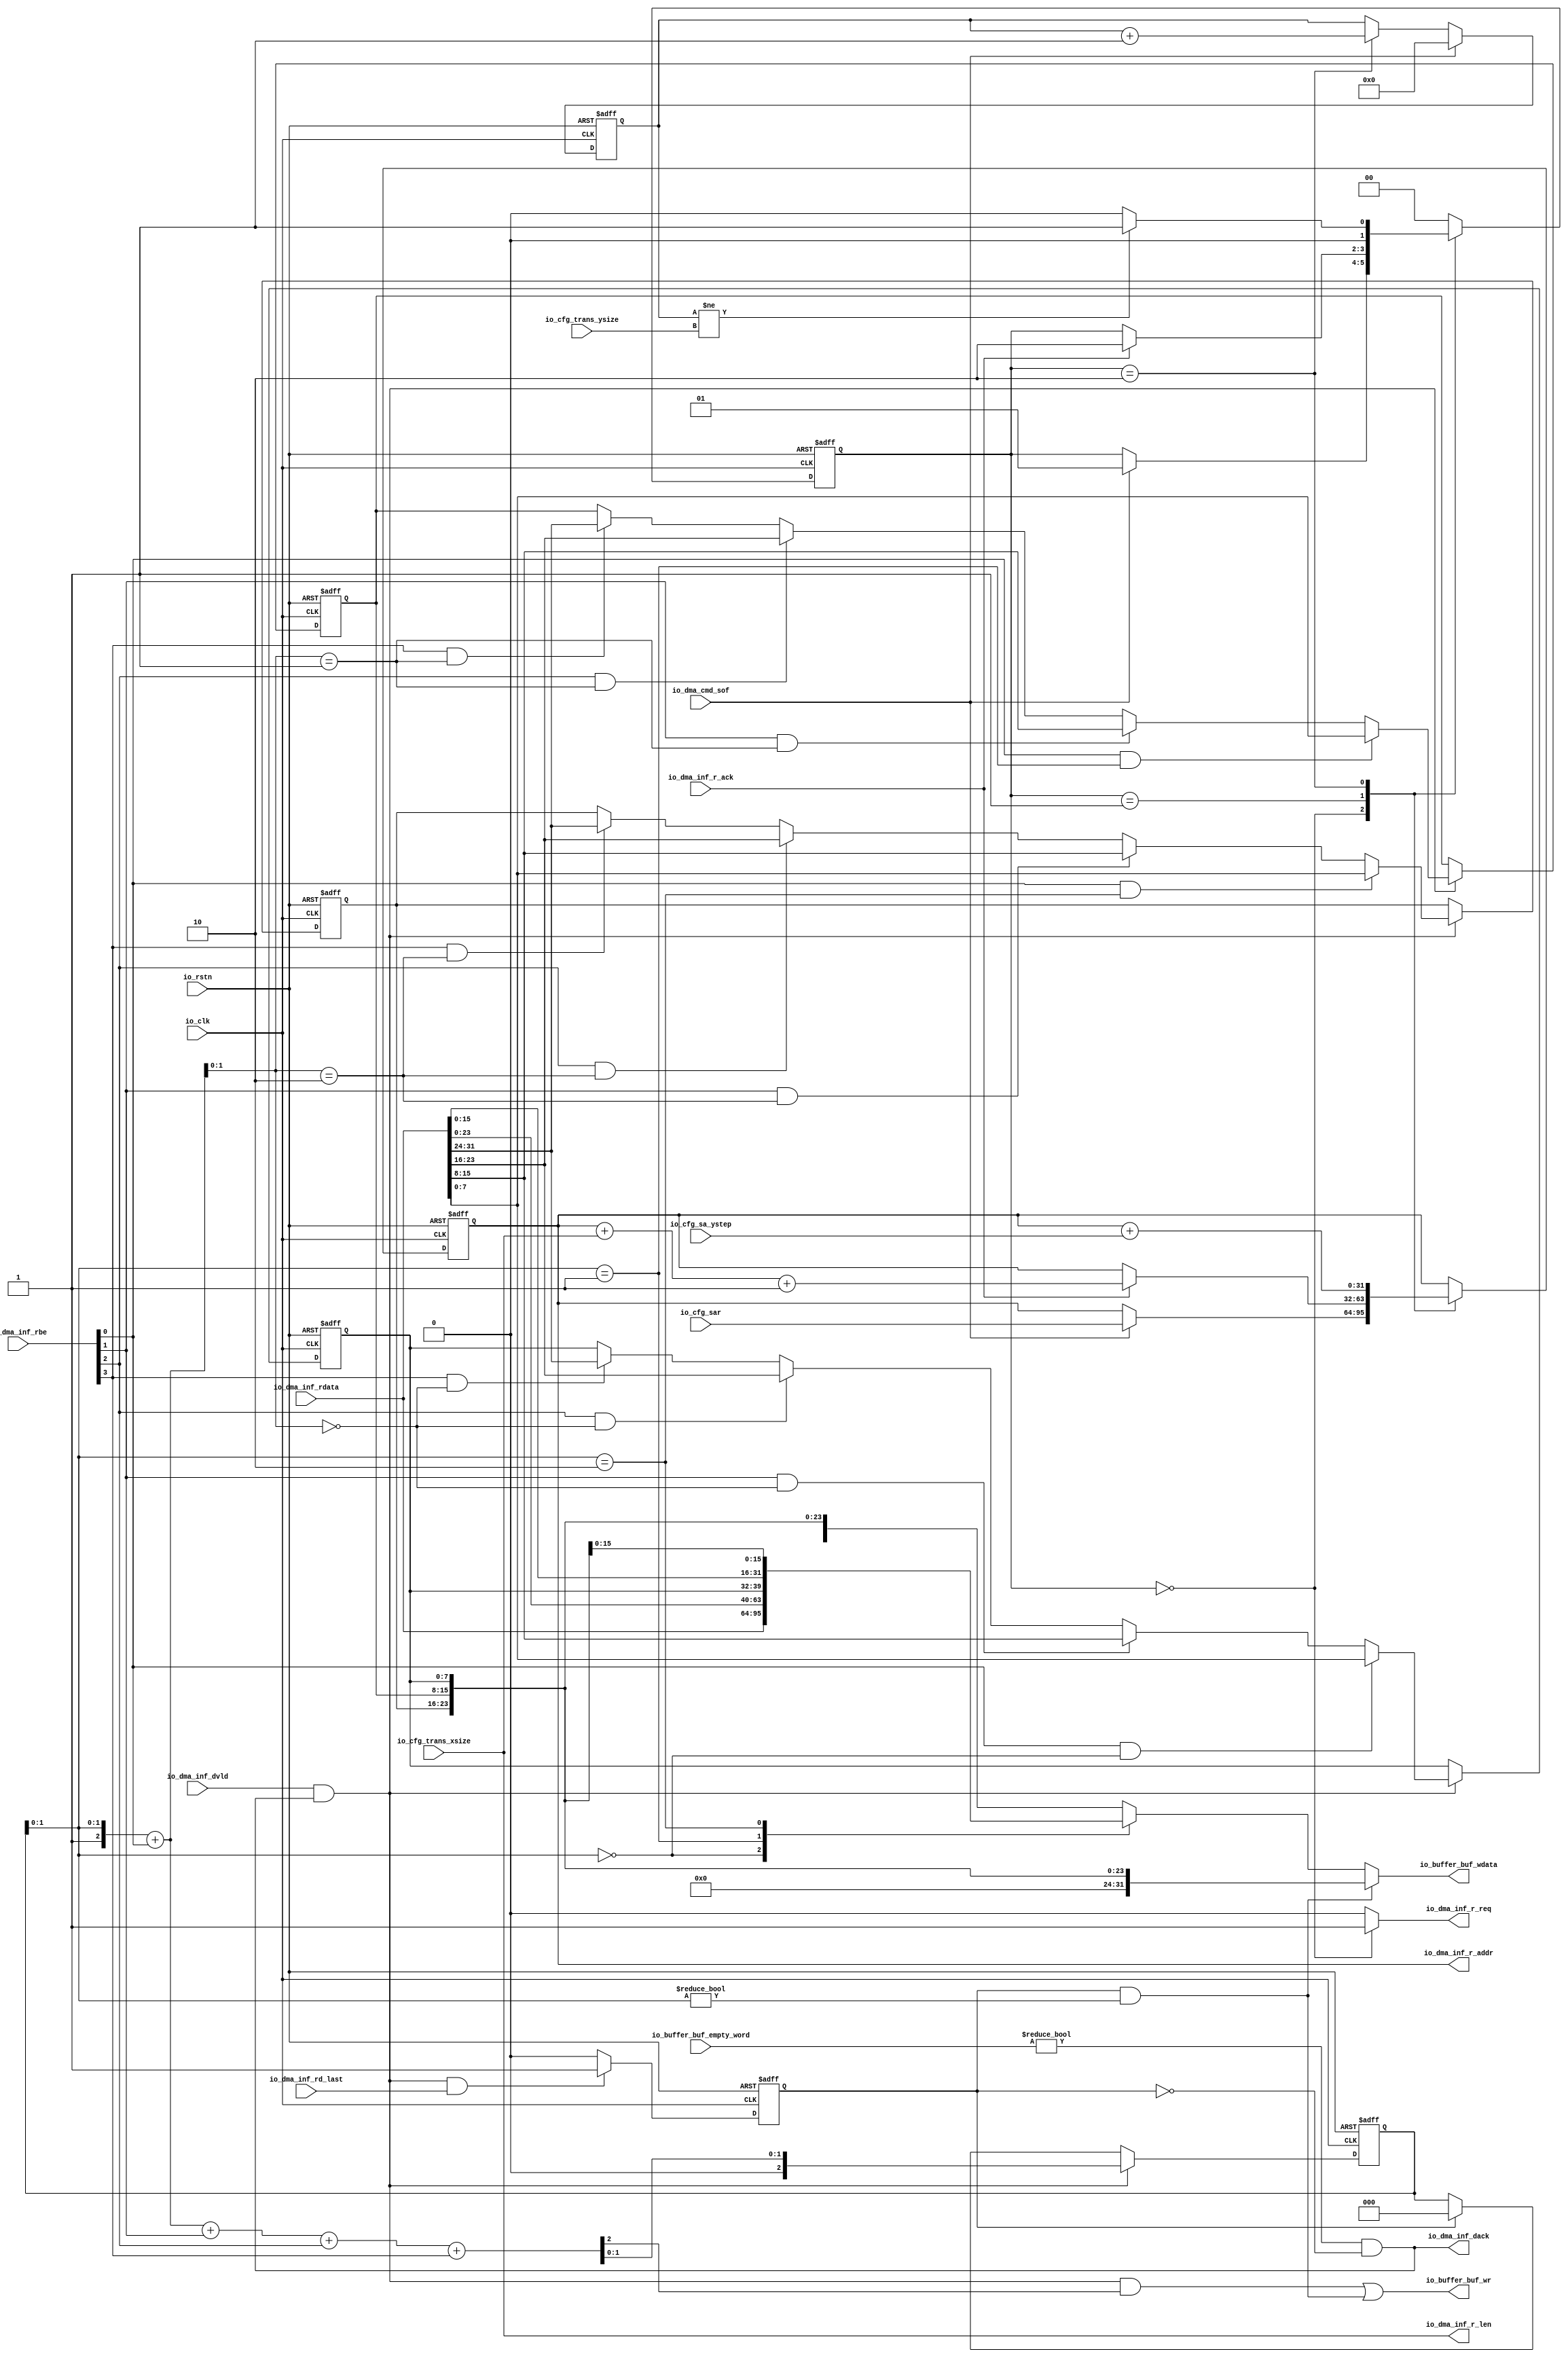
// Generator : SpinalHDL v1.7.0a    git head : 150a9b9067020722818dfb17df4a23ac712a7af8
// Component : rcmd_gen
// Git hash  : 1ada80d2d659ea5af45b334c0c8b37d14dd88650

`timescale 1ns/1ps

module rcmd_gen (
  input      [31:0]   io_cfg_sar,
  input      [15:0]   io_cfg_trans_xsize,
  input      [15:0]   io_cfg_trans_ysize,
  input      [15:0]   io_cfg_sa_ystep,
  input               io_dma_cmd_sof,
  output              io_dma_inf_r_req,
  input               io_dma_inf_r_ack,
  output     [31:0]   io_dma_inf_r_addr,
  output     [15:0]   io_dma_inf_r_len,
  input               io_dma_inf_dvld,
  input               io_dma_inf_rd_last,
  input      [31:0]   io_dma_inf_rdata,
  input      [3:0]    io_dma_inf_rbe,
  output              io_dma_inf_dack,
  output              io_buffer_buf_wr,
  output     [31:0]   io_buffer_buf_wdata,
  input      [5:0]    io_buffer_buf_empty_word,
  input               io_clk,
  input               io_rstn
);

  wire       [31:0]   _zz_myArea_dma_addr;
  wire       [31:0]   _zz_myArea_dma_addr_1;
  wire       [31:0]   _zz_myArea_dma_addr_2;
  wire       [0:0]    _zz_io_buffer_buf_wr;
  reg        [1:0]    myArea_cmd_sta;
  reg        [15:0]   myArea_dma_ycnt;
  reg        [31:0]   myArea_dma_addr;
  wire                when_rcmd_gen_l72;
  wire                when_rcmd_gen_l86;
  reg        [7:0]    myArea_dbuf0;
  reg        [7:0]    myArea_dbuf1;
  reg        [7:0]    myArea_dbuf2;
  reg        [2:0]    myArea_buf_byte;
  reg                 myArea_dma_dlast_r;
  reg        [31:0]   myArea_dma_rdata_sf;
  wire                myArea_dma_dack;
  wire                myArea_dma_d_recv;
  wire       [2:0]    myArea_nxt_buf_byte0;
  wire       [2:0]    myArea_nxt_buf_byte1;
  wire       [2:0]    myArea_nxt_buf_byte2;
  wire       [2:0]    myArea_nxt_buf_byte3;
  wire                when_rcmd_gen_l116;
  wire                when_rcmd_gen_l119;
  wire                when_rcmd_gen_l122;
  wire                when_rcmd_gen_l125;
  wire                when_rcmd_gen_l137;
  wire                when_rcmd_gen_l140;
  wire                when_rcmd_gen_l143;
  wire                when_rcmd_gen_l146;
  wire                when_rcmd_gen_l157;
  wire                when_rcmd_gen_l160;
  wire                when_rcmd_gen_l163;
  wire                when_rcmd_gen_l166;
  wire                when_rcmd_gen_l177;
  wire       [1:0]    switch_rcmd_gen_l194;
  wire                myArea_last_wr_1d;
  wire       [31:0]   myArea_last_wdata;

  assign _zz_myArea_dma_addr = (myArea_dma_addr + _zz_myArea_dma_addr_1);
  assign _zz_myArea_dma_addr_1 = {16'd0, io_cfg_trans_xsize};
  assign _zz_myArea_dma_addr_2 = {16'd0, io_cfg_sa_ystep};
  assign _zz_io_buffer_buf_wr = myArea_nxt_buf_byte3[2];
  assign io_dma_inf_r_req = ((myArea_cmd_sta == 2'b00) ? 1'b1 : 1'b0);
  assign io_dma_inf_r_addr = myArea_dma_addr;
  assign io_dma_inf_r_len = io_cfg_trans_xsize;
  assign when_rcmd_gen_l72 = (myArea_dma_ycnt != io_cfg_trans_ysize);
  assign when_rcmd_gen_l86 = (myArea_cmd_sta == 2'b10);
  assign myArea_dma_dack = ((io_buffer_buf_empty_word != 6'h0) && (! myArea_dma_dlast_r));
  assign io_dma_inf_dack = myArea_dma_dack;
  assign myArea_dma_d_recv = (io_dma_inf_dvld && io_dma_inf_dack);
  assign myArea_nxt_buf_byte0 = ({1'b1,myArea_buf_byte[1 : 0]} + {2'b00,io_dma_inf_rbe[0]});
  assign myArea_nxt_buf_byte1 = (myArea_nxt_buf_byte0 + {2'b00,io_dma_inf_rbe[1]});
  assign myArea_nxt_buf_byte2 = (myArea_nxt_buf_byte1 + {2'b00,io_dma_inf_rbe[2]});
  assign myArea_nxt_buf_byte3 = (myArea_nxt_buf_byte2 + {2'b00,io_dma_inf_rbe[3]});
  assign when_rcmd_gen_l116 = (io_dma_inf_rbe[0] && (myArea_buf_byte[1 : 0] == 2'b00));
  assign when_rcmd_gen_l119 = (io_dma_inf_rbe[1] && (myArea_nxt_buf_byte0[1 : 0] == 2'b00));
  assign when_rcmd_gen_l122 = (io_dma_inf_rbe[2] && (myArea_nxt_buf_byte0[1 : 0] == 2'b00));
  assign when_rcmd_gen_l125 = (io_dma_inf_rbe[3] && (myArea_nxt_buf_byte0[1 : 0] == 2'b00));
  assign when_rcmd_gen_l137 = (io_dma_inf_rbe[0] && (myArea_buf_byte[1 : 0] == 2'b01));
  assign when_rcmd_gen_l140 = (io_dma_inf_rbe[1] && (myArea_nxt_buf_byte0[1 : 0] == 2'b01));
  assign when_rcmd_gen_l143 = (io_dma_inf_rbe[2] && (myArea_nxt_buf_byte0[1 : 0] == 2'b01));
  assign when_rcmd_gen_l146 = (io_dma_inf_rbe[3] && (myArea_nxt_buf_byte0[1 : 0] == 2'b01));
  assign when_rcmd_gen_l157 = (io_dma_inf_rbe[0] && (myArea_buf_byte[1 : 0] == 2'b10));
  assign when_rcmd_gen_l160 = (io_dma_inf_rbe[1] && (myArea_nxt_buf_byte0[1 : 0] == 2'b10));
  assign when_rcmd_gen_l163 = (io_dma_inf_rbe[2] && (myArea_nxt_buf_byte0[1 : 0] == 2'b10));
  assign when_rcmd_gen_l166 = (io_dma_inf_rbe[3] && (myArea_nxt_buf_byte0[1 : 0] == 2'b10));
  assign when_rcmd_gen_l177 = (myArea_dma_d_recv && io_dma_inf_rd_last);
  assign switch_rcmd_gen_l194 = myArea_buf_byte[1 : 0];
  always @(*) begin
    case(switch_rcmd_gen_l194)
      2'b00 : begin
        myArea_dma_rdata_sf = io_dma_inf_rdata[31 : 0];
      end
      2'b01 : begin
        myArea_dma_rdata_sf = {io_dma_inf_rdata[23 : 0],myArea_dbuf0};
      end
      2'b10 : begin
        myArea_dma_rdata_sf = {io_dma_inf_rdata[15 : 0],{myArea_dbuf1,myArea_dbuf0}};
      end
      default : begin
        myArea_dma_rdata_sf = {io_dma_inf_rdata[7 : 0],{myArea_dbuf2,{myArea_dbuf1,myArea_dbuf0}}};
      end
    endcase
  end

  assign myArea_last_wr_1d = (myArea_dma_dlast_r && (myArea_buf_byte[1 : 0] != 2'b00));
  assign myArea_last_wdata = {8'h0,{myArea_dbuf2,{myArea_dbuf1,myArea_dbuf0}}};
  assign io_buffer_buf_wr = ((myArea_dma_d_recv && _zz_io_buffer_buf_wr[0]) || myArea_last_wr_1d);
  assign io_buffer_buf_wdata = (myArea_last_wr_1d ? myArea_last_wdata : myArea_dma_rdata_sf);
  always @(posedge io_clk or negedge io_rstn) begin
    if(!io_rstn) begin
      myArea_cmd_sta <= 2'b00;
      myArea_dma_ycnt <= 16'h0;
      myArea_dma_addr <= 32'h0;
      myArea_dbuf0 <= 8'h0;
      myArea_dbuf1 <= 8'h0;
      myArea_dbuf2 <= 8'h0;
      myArea_buf_byte <= 3'b000;
      myArea_dma_dlast_r <= 1'b0;
    end else begin
      case(myArea_cmd_sta)
        2'b00 : begin
          if(io_dma_cmd_sof) begin
            myArea_cmd_sta <= 2'b01;
            myArea_dma_addr <= io_cfg_sar;
          end
        end
        2'b01 : begin
          if(io_dma_inf_r_ack) begin
            myArea_cmd_sta <= 2'b10;
            myArea_dma_addr <= (_zz_myArea_dma_addr + 32'h00000001);
          end
        end
        2'b10 : begin
          myArea_dma_addr <= (myArea_dma_addr + _zz_myArea_dma_addr_2);
          if(when_rcmd_gen_l72) begin
            myArea_cmd_sta <= 2'b01;
          end else begin
            myArea_cmd_sta <= 2'b00;
          end
        end
        default : begin
          myArea_cmd_sta <= 2'b00;
        end
      endcase
      if(io_dma_cmd_sof) begin
        myArea_dma_ycnt <= 16'h0;
      end else begin
        if(when_rcmd_gen_l86) begin
          myArea_dma_ycnt <= (myArea_dma_ycnt + 16'h0001);
        end
      end
      if(myArea_dma_d_recv) begin
        if(when_rcmd_gen_l116) begin
          myArea_dbuf0 <= io_dma_inf_rdata[7 : 0];
        end else begin
          if(when_rcmd_gen_l119) begin
            myArea_dbuf0 <= io_dma_inf_rdata[15 : 8];
          end else begin
            if(when_rcmd_gen_l122) begin
              myArea_dbuf0 <= io_dma_inf_rdata[23 : 16];
            end else begin
              if(when_rcmd_gen_l125) begin
                myArea_dbuf0 <= io_dma_inf_rdata[31 : 24];
              end
            end
          end
        end
      end
      if(myArea_dma_d_recv) begin
        if(when_rcmd_gen_l137) begin
          myArea_dbuf1 <= io_dma_inf_rdata[7 : 0];
        end else begin
          if(when_rcmd_gen_l140) begin
            myArea_dbuf1 <= io_dma_inf_rdata[15 : 8];
          end else begin
            if(when_rcmd_gen_l143) begin
              myArea_dbuf1 <= io_dma_inf_rdata[23 : 16];
            end else begin
              if(when_rcmd_gen_l146) begin
                myArea_dbuf1 <= io_dma_inf_rdata[31 : 24];
              end
            end
          end
        end
      end
      if(myArea_dma_d_recv) begin
        if(when_rcmd_gen_l157) begin
          myArea_dbuf2 <= io_dma_inf_rdata[7 : 0];
        end else begin
          if(when_rcmd_gen_l160) begin
            myArea_dbuf2 <= io_dma_inf_rdata[15 : 8];
          end else begin
            if(when_rcmd_gen_l163) begin
              myArea_dbuf2 <= io_dma_inf_rdata[23 : 16];
            end else begin
              if(when_rcmd_gen_l166) begin
                myArea_dbuf2 <= io_dma_inf_rdata[31 : 24];
              end
            end
          end
        end
      end
      if(when_rcmd_gen_l177) begin
        myArea_dma_dlast_r <= 1'b1;
      end else begin
        myArea_dma_dlast_r <= 1'b0;
      end
      if(myArea_dma_d_recv) begin
        myArea_buf_byte <= {1'b0,myArea_nxt_buf_byte3[1 : 0]};
      end else begin
        if(myArea_dma_dlast_r) begin
          myArea_buf_byte <= 3'b000;
        end
      end
    end
  end


endmodule